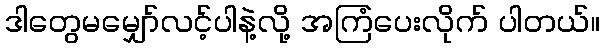
ဒါတွေမမျှော်လင့်ပါနဲ့လို့ အကြံပေးလိုက် ပါတယ်။